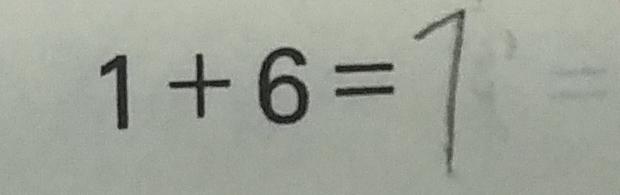
1 + 6 = 7